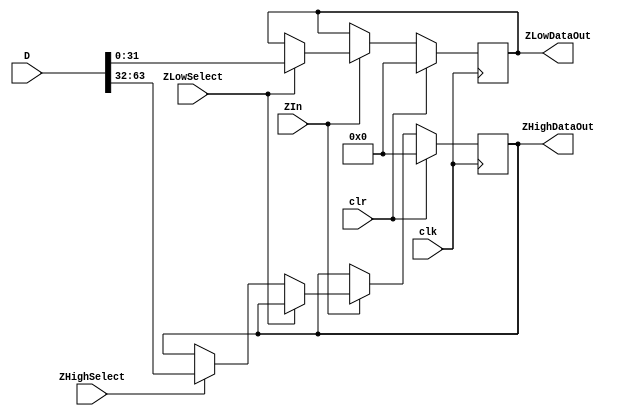
module z_register(
input ZIn, ZLowSelect, ZHighSelect, clk, clr,
//Zin is enable, ZLow/High Select selects which is outputted
input[63:0] D,
output reg [31:0] ZHighDataOut, ZLowDataOut

);

	always @(posedge clk)
			if(clr) begin
						ZHighDataOut = 32'h00000000;
						ZLowDataOut = 32'h00000000;
					end
					
			else if(ZIn) begin
					if(ZLowSelect)
							ZLowDataOut = D[31:0];
							
					else if(ZHighSelect)
							ZHighDataOut=D[63:32];
							
					end
					
endmodule